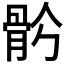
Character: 𩨧